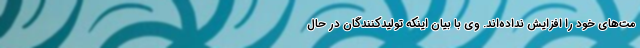
مت‌های خود را افزایش نداده‌اند. وی با بیان اینکه تولیدکنندگان در حال